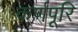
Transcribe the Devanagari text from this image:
कर्णपूरि